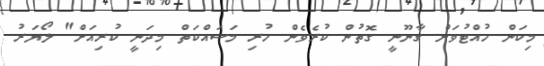
މިކަން ހުއްޓުވަން ގާނޫނީ ގޮތުން ކުރެވެން ހުރި މަސައްކަތް މިދަނީ ކުރިއަށް" ލޯޔަރު